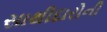
સાથીદારોની